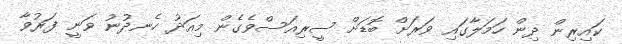
ކައިރިން ދިން ހަމަލާގައި ވަރަށް ބޮޑަށް ސީރިއަސްވެގެން މިއަދު ހެނދުނު ވަނީ ފަރުވާ